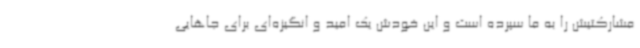
مشارکتیش را به ما سپرده است و این خودش یک امید و انگیزه‌ای برای جاهایی